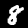
Label: 8